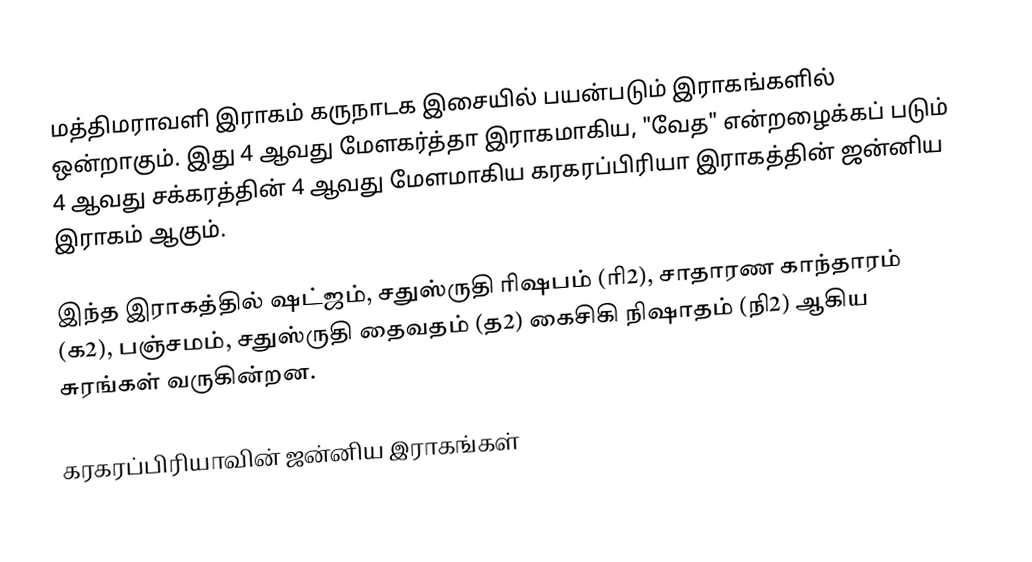
மத்திமராவளி இராகம் கருநாடக இசையில் பயன்படும் இராகங்களில் ஒன்றாகும். இது 4 ஆவது மேளகர்த்தா இராகமாகிய, "வேத" என்றழைக்கப் படும் 4 ஆவது சக்கரத்தின் 4 ஆவது மேளமாகிய கரகரப்பிரியா இராகத்தின் ஜன்னிய இராகம் ஆகும்.

இந்த இராகத்தில் ஷட்ஜம், சதுஸ்ருதி ரிஷபம் (ரி2),  சாதாரண காந்தாரம் (க2), பஞ்சமம்,  சதுஸ்ருதி தைவதம் (த2) கைசிகி நிஷாதம்  (நி2) ஆகிய சுரங்கள் வருகின்றன.

கரகரப்பிரியாவின் ஜன்னிய இராகங்கள்